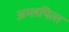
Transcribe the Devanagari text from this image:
अम्‍लपित्‍त